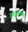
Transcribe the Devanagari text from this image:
उपग्रहपण